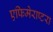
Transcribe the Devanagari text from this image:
एफिमेराप्टरा